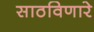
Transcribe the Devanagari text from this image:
साठविणारे